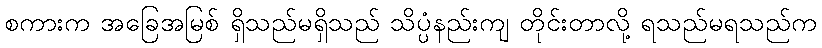
စကားက အခြေအမြစ် ရှိသည်မရှိသည် သိပ္ပံနည်းကျ တိုင်းတာလို့ ရသည်မရသည်က